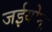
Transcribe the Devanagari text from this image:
जईयोना